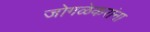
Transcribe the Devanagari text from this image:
जोगळेकरांना